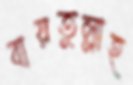
বায়তুল্লাহ